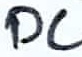
Text: DC